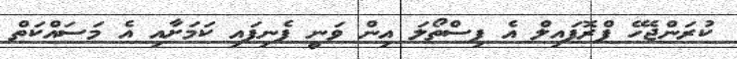
ކުރަންޖެހޭ ޕްރޮފައިލް އެ ފިސްތޯލަ އިން ވަނީ ފެނިފައި ކަމަށާއި އެ މަސައްކަތް